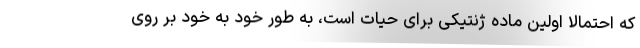
که احتمالا اولین ماده ژنتیکی برای حیات است، به طور خود به خود بر روی